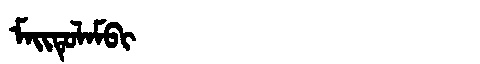
Manchu: ᠮᠠᡳᡨᡠᠯᠠᠮᠪᡳ
Romanization: MAITULAMBI